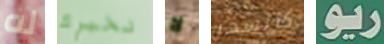
له نخبرك لا كالسحر ريو